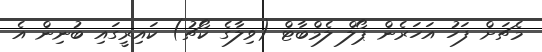
މެޗަށް ފަހު އަހަރެން ޕޯލް ލެމްބާޓް (ވިލާގެ ކޯޗު) ކައިރީގައި ބުނިން އެ